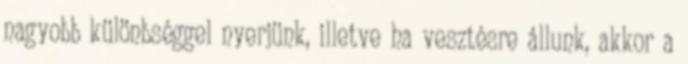
nagyobb különbséggel nyerjünk, illetve ha vesztésre állunk, akkor a